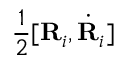
\frac 1 2 [ { \bf R } _ { i } , \dot { \bf R } _ { i } ]